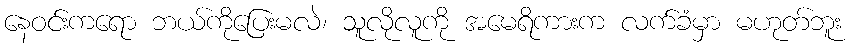
နေဝင်းကရော ဘယ်ကိုပြေးမလဲ၊ သူလိုလူကို အမေရိကားက လက်ခံမှာ မဟုတ်ဘူး